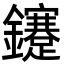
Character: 鑳